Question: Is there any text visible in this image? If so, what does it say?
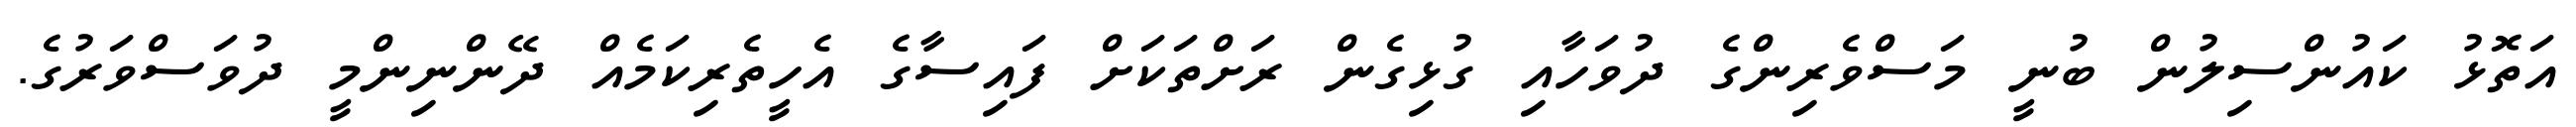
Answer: އަތޮޅު ކައުންސިލުން ބުނީ މަސްވެރިންގެ ދުވަހާއި ގުޅިގެން ރަށްތަކަށް ފައިސާގެ އެހީތެރިކަމެއް ދޭންނިންމީ ދުވަސްވަރުގެ.